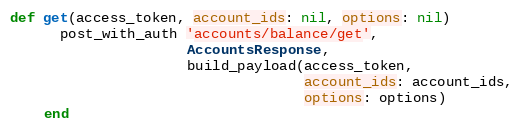
Language: Ruby
def get(access_token, account_ids: nil, options: nil)
      post_with_auth 'accounts/balance/get',
                     AccountsResponse,
                     build_payload(access_token,
                                   account_ids: account_ids,
                                   options: options)
    end